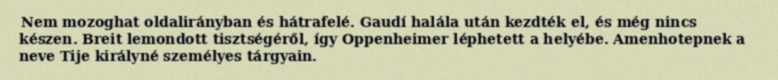
Nem mozoghat oldalirányban és hátrafelé. Gaudí halála után kezdték el, és még nincs készen. Breit lemondott tisztségéről, így Oppenheimer léphetett a helyébe. Amenhotepnek a neve Tije királyné személyes tárgyain.